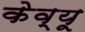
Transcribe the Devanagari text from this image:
केव्यू